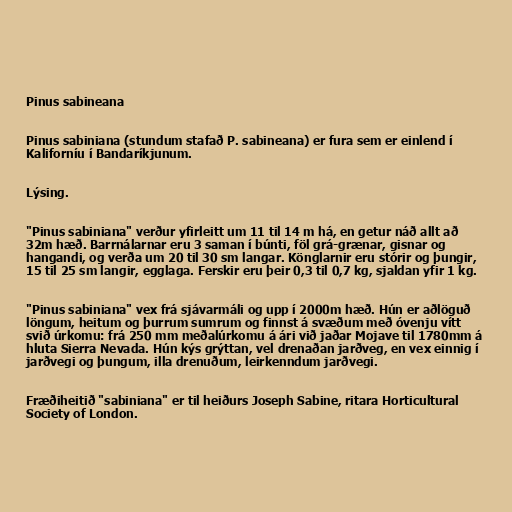
Pinus sabineana

Pinus sabiniana (stundum stafað P. sabineana) er fura sem er einlend í
Kaliforníu í Bandaríkjunum.

Lýsing.

"Pinus sabiniana" verður yfirleitt um 11 til 14 m há, en getur náð allt að
32m hæð. Barrnálarnar eru 3 saman í búnti, föl grá-grænar, gisnar og
hangandi, og verða um 20 til 30 sm langar. Könglarnir eru stórir og þungir,
15 til 25 sm langir, egglaga. Ferskir eru þeir 0,3 til 0,7 kg, sjaldan yfir 1 kg.

"Pinus sabiniana" vex frá sjávarmáli og upp í 2000m hæð. Hún er aðlöguð
löngum, heitum og þurrum sumrum og finnst á svæðum með óvenju vítt
svið úrkomu: frá 250 mm meðalúrkomu á ári við jaðar Mojave til 1780mm á
hluta Sierra Nevada. Hún kýs grýttan, vel drenaðan jarðveg, en vex einnig í
jarðvegi og þungum, illa drenuðum, leirkenndum jarðvegi.

Fræðiheitið "sabiniana" er til heiðurs Joseph Sabine, ritara Horticultural
Society of London.